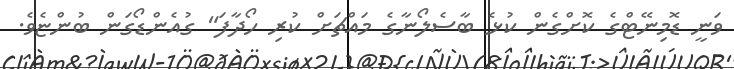
ވަނީ ޑޮމިނޭޓްގެ ކޮށްގެން ކުޅެ ބާސެލޯނާގެ މައްޗަށް ކުރި ހޯދާފަ" ގުއެންޑޯގަން ބުންޏެވެ.